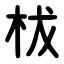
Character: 柭